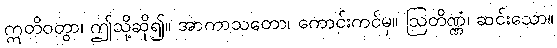
ဣတိဝတွာ၊ ဤသို့ဆို၍။ အာကာသတော၊ ကောင်းကင်မှ။ ဩတိဏ္ဏံ၊ ဆင်းသော။